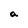
Character: a